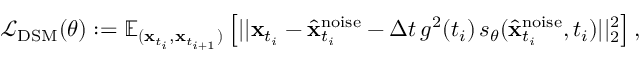
\begin{array} { r } { \mathcal { L } _ { \mathrm { D S M } } ( \theta ) : = \mathbb { E } _ { ( \mathbf { x } _ { t _ { i } } , \mathbf { x } _ { t _ { i + 1 } } ) } \left[ | | \mathbf { x } _ { t _ { i } } - \hat { \mathbf { x } } _ { t _ { i } } ^ { \mathrm { n o i s e } } - \Delta t \, g ^ { 2 } ( t _ { i } ) \, s _ { \theta } ( \hat { \mathbf { x } } _ { t _ { i } } ^ { \mathrm { n o i s e } } , t _ { i } ) | | _ { 2 } ^ { 2 } \right] , } \end{array}